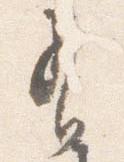
有